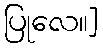
ပြုလေ။]